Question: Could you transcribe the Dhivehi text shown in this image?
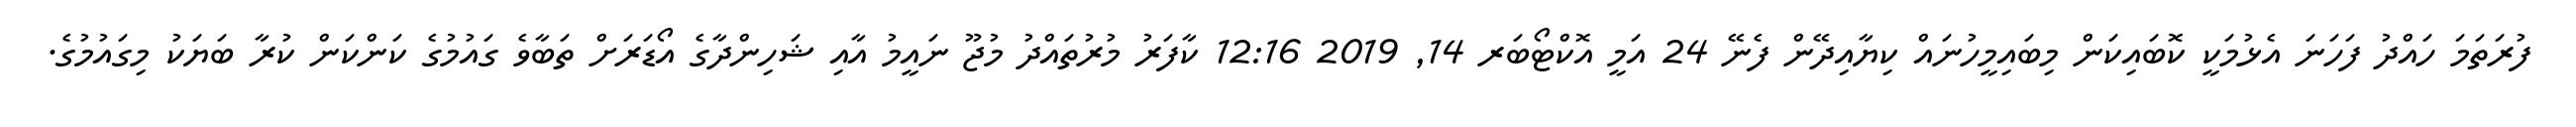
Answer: ފުރަތަމަ ހައްދު ފަހަނަ އެޅުމަކީ ކޮބައިކަން މިބައިމީހުނައް ކިޔާއިދޭން ފެނޭ 24 އަމީ އޮކްޓޯބަރ 14, 2019 12:16 ކާފަރު މުރުތައްދު މުޖޫ ނައީމު އާއި ޝަހިންދާގެ އޯޑަރަށް ތަބާވެ ގައުމުގެ ކަންކަން ކުރާ ބަޔަކު މިގައުމުގެ.